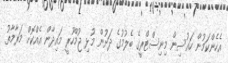
އެހެންކަމުން ހައުސިން މިނިސްޓްރީގެ ބެލުމުގެ ދަށުން މުޅި ޖުމްހޫރީ މައިދާން އެއްކޮށް މަރާމާތު